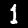
Label: 1